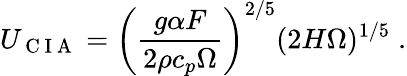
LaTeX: U_{\mathrm{~C~I~A~}}=\left(\frac{g\alpha F}{2\rho c_{p}\Omega}\right)^{2/5}(2H\Omega)^{1/5}\; .